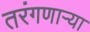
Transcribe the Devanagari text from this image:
तरंगणाऱ्या